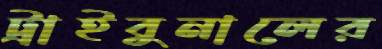
ট্রাইবুনালের